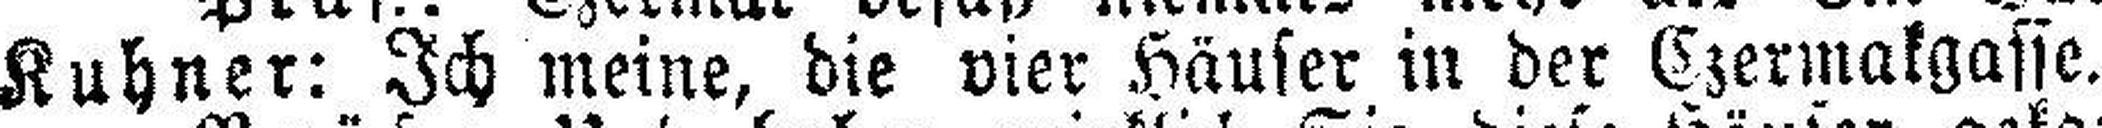
Kuhner: Ich meine, die vier Häuser in der Czermakgasse.